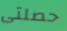
حصلتى